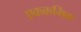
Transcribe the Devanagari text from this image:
एकक्रमिक